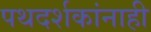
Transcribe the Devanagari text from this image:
पथदर्शकांनाही